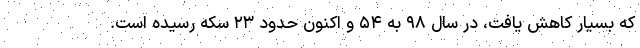
كه بسيار كاهش يافت، در سال ۹۸ به ۵۴ و اكنون حدود ۲۳ سكه رسيده است.